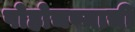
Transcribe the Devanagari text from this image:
पोहोचण्याची